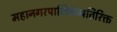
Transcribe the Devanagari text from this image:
महानगरपालिकेव्यतिरिक्त